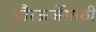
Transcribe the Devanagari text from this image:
सौरऊर्जेसाठी